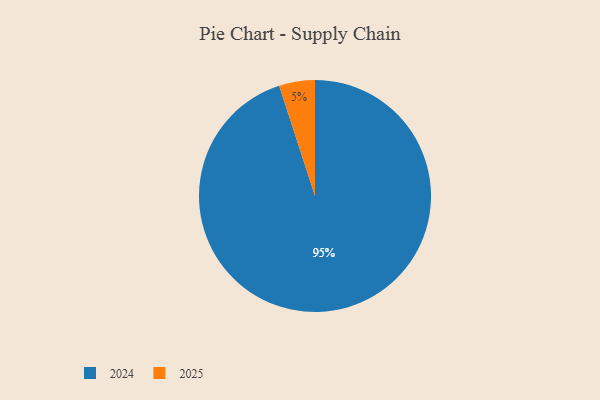
{"axis": {"x": "Category", "y": "Percentage"}, "legend": ["2024", "2025"], "data": [{"x": "2024", "y": 95, "type": "2024"}, {"x": "2025", "y": 5, "type": "2025"}]}